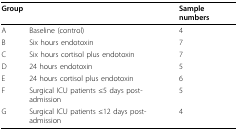
| Group |  | Sample numbers |
 | --- | --- | --- |
 | A | Baseline (control) | 4 |
 | B | Six hours endotoxin | 7 |
 | C | Six hours cortisol plus endotoxin | 7 |
 | D | 24 hours endotoxin | 5 |
 | E | 24 hours cortisol plus endotoxin | 6 |
 | F | Surgical ICU patients ≤5 days post-admission | 5 |
 | G | Surgical ICU patients ≤12 days post-admission | 4 |